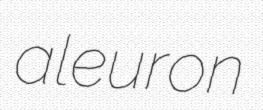
aleuron